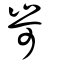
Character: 岢